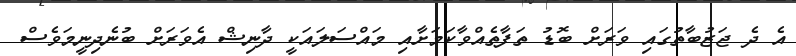
އެ ދެ ޖަޒުބާތުގައި ވަރަށް ބޮޑު ތަފާތެއްވާކަމަށާއި މައްސަލައަކީ ދާނިޝް އެވަރަށް ބުނެދިނީމަވެސް